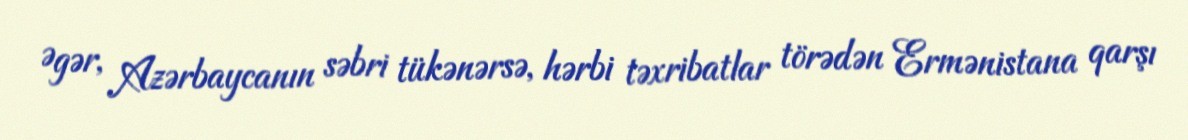
Əgər, Azərbaycanın səbri tükənərsə, hərbi təxribatlar törədən Ermənistana qarşı